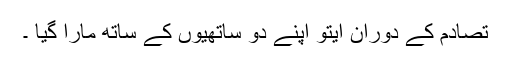
تصادم کے دوران ایتو اپنے دو ساتھیوں کے ساتھ مارا گیا ۔